Lunatic asylums United Prov. 1922-30 - 1922-1930
Year: 1922
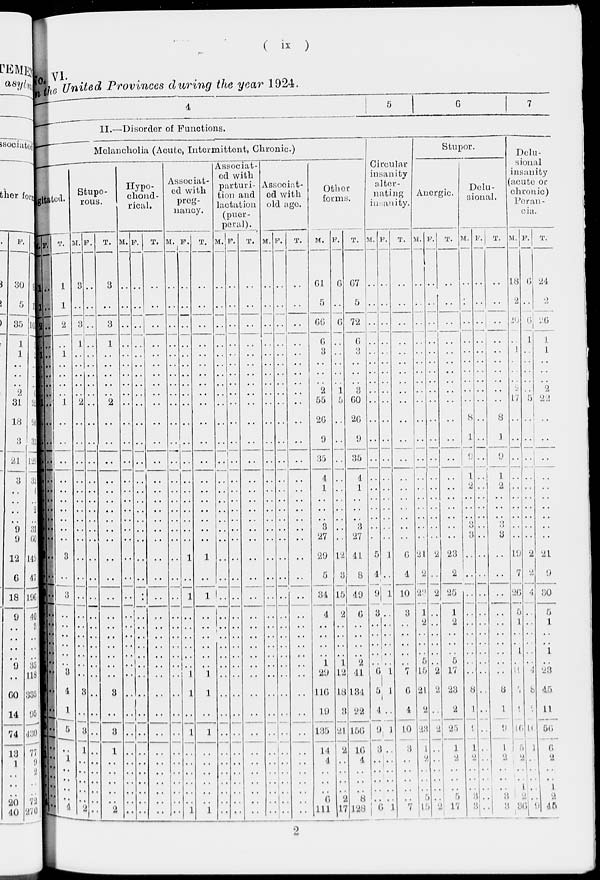
( ix )
No. VI.
In the United Provinces during the year 1924.
4
5
6
7
II.—Disorder of Functions.
Melancholia (Acute, Intermittent, Chronic)
gitated
M.
1
1
2
..
1
..
..
..
..
1
..
..
..
..
..
..
..
..
..
..
3
..
3
..
..
..
..
..
..
3
1
1
5
..
1
..
..
..
..
4
F.
..
..
..
..
..
..
..
..
..
..
..
..
..
..
..
..
..
..
..
..
..
..
..
..
..
..
..
..
..
..
..
..
..
..
..
..
..
..
..
..
T.
1
1
2
..
1
..
..
..
..
1
..
..
..
..
..
..
..
..
..
..
3
..
3
..
..
..
..
..
..
3
4
1
5
..
1
..
..
..
..
4
Stuporous.
M.
3
..
3
1
..
..
..
..
..
2
..
..
..
..
..
..
..
..
..
..
..
..
..
..
..
..
..
..
..
..
3
..
3
1
..
..
..
..
..
2
F.
..
..
..
..
..
..
..
..
..
..
..
..
..
..
..
..
..
..
..
..
..
..
..
..
..
..
..
..
..
..
..
..
..
..
..
..
..
..
..
..
T.
3
..
3
1
..
..
..
..
..
2
..
..
..
..
..
..
..
..
..
..
..
..
..
..
..
..
..
..
..
..
3
..
3
1
..
..
..
..
..
2
Hypochondri cal .
M.
..
..
..
..
..
..
..
..
..
..
..
..
..
..
..
..
..
..
..
..
..
..
..
..
..
..
..
..
..
..
..
..
..
..
..
..
..
..
..
..
F.
..
..
..
..
..
..
..
..
..
..
..
..
..
..
..
..
..
..
..
..
..
..
..
..
..
..
..
..
..
..
..
..
..
..
..
..
..
..
..
..
T.
..
..
..
..
..
..
..
..
..
..
..
..
..
..
..
..
..
..
..
..
..
..
..
..
..
..
..
..
..
..
..
..
..
..
..
..
..
..
..
..
Associat-
ed with
preg-
nancy.
M.
..
..
..
..
..
..
..
..
..
..
..
..
..
..
..
..
..
..
..
..
..
..
..
..
..
..
..
..
..
..
..
..
..
..
..
..
..
..
..
..
F.
..
..
..
..
..
..
..
..
..
..
..
..
..
..
..
..
..
..
..
..
1
..
1
..
..
..
..
..
..
1
1
..
1
..
..
..
..
..
..
1
T.
..
..
..
..
..
..
..
..
..
..
..
..
..
..
..
..
..
..
..
..
1
..
1
..
..
..
..
..
..
1
1
..
1
..
..
..
..
..
..
1
Associat-
ed with
parturi-
tion and
lactation
(puer-
peral).
M.
..
..
..
..
..
..
..
..
..
..
..
..
..
..
..
..
..
..
..
..
..
..
..
..
..
..
..
..
..
..
..
..
..
..
..
..
..
..
..
..
F.
..
..
..
..
..
..
..
..
..
..
..
..
..
..
..
..
..
..
..
..
..
..
..
..
..
..
..
..
..
..
..
..
..
..
..
..
..
..
..
..
T.
..
..
..
..
..
..
..
..
..
..
..
..
..
..
..
..
..
..
..
..
..
..
..
..
..
..
..
..
..
..
..
..
..
..
..
..
..
..
..
..
Associated
with
old age.
M.
..
..
..
..
..
..
..
..
..
..
..
..
..
..
..
..
..
..
..
..
..
..
..
..
..
..
..
..
..
..
..
..
..
..
..
..
..
..
..
..
F.
..
..
..
..
..
..
..
..
..
..
..
..
..
..
..
..
..
..
..
..
..
..
..
..
..
..
..
..
..
..
..
..
..
..
..
..
..
..
..
..
T.
..
..
..
..
..
..
..
..
..
..
..
..
..
..
..
..
..
..
..
..
..
..
..
..
..
..
..
..
..
..
..
..
..
..
..
..
..
..
..
..
Other
forms.
M.
61
5
66
6
3
..
..
..
2
55
26
9
35
4
1
..
..
..
3
27
29
5
34
4
..
..
..
..
1
29
116
19
135
14
4
..
..
..
6
111
F.
6
..
6
..
..
..
..
..
1
5
..
..
..
..
..
..
..
..
..
..
12
3
15
2
..
..
..
..
1
12
18
3
21
2
..
..
..
..
2
17
T.
67
5
72
6
3
..
..
..
3
60
26
9
35
4
1
..
..
..
3
27
41
8
49
6
..
..
..
..
2
41
134
22
156
16
4
..
..
..
8
128
Circular
insanity
alter-
nating
insanity.
M.
..
..
..
..
..
..
..
..
..
..
..
..
..
..
..
..
..
..
..
..
5
4
9
3
..
..
..
..
..
6
5
4
9
3
..
..
..
..
..
6
F.
..
..
..
..
..
..
..
..
..
..
..
..
..
..
..
..
..
..
..
..
1
..
1
..
..
..
..
..
..
1
1
..
1
..
..
..
..
..
..
1
T.
..
..
..
..
..
..
..
..
..
..
..
..
..
..
..
..
..
..
..
..
6
4
10
3
..
..
..
..
..
7
6
4
10
3
..
..
..
..
..
7
Stupor.
Anergic.
M.
..
..
..
..
..
..
..
..
..
..
..
..
..
..
..
..
..
..
..
..
21
2
23
1
2
..
..
..
5
15
21
2
23
1
2
..
..
..
5
15
F.
..
..
..
..
..
..
..
..
..
..
..
..
..
..
..
..
..
..
..
..
2
..
2
..
..
..
..
..
..
2
2
..
2
..
..
..
..
..
..
2
T.
..
..
..
..
..
..
..
..
..
..
..
..
..
..
..
..
..
..
..
..
23
2
25
1
2
..
..
..
5
17
23
2
25
1
2
..
..
..
5
17
Delu-
sional.
M.
..
..
..
..
..
..
..
..
..
..
8
1
9
1
2
..
..
..
3
3
..
..
..
..
..
..
..
..
..
..
8
1
9
1
2
..
..
..
3
3
F.
..
..
..
..
..
..
..
..
..
..
..
..
..
..
..
..
..
..
..
..
..
..
..
..
..
..
..
..
..
..
..
..
..
..
..
..
..
..
..
..
T.
..
..
..
..
..
..
..
..
..
..
8
1
9
1
2
..
..
..
3
3
..
..
..
..
..
..
..
..
..
..
8
1
9
1
2
..
..
..
3
3
Delu-
sional
insanity
(acute or
chronic)
Perrancia.
M.
18
2
20
..
1
..
..
..
2
17
..
..
..
..
..
..
..
..
..
..
19
7
26
5
1
..
..
1
..
..
37
9
46
5
2
..
..
1
2
36
F.
6
..
6
1
..
..
..
..
..
5
..
..
..
..
..
..
..
..
..
..
2
2
4
..
..
..
..
..
..
4
8
2
10
1
..
..
..
..
..
9
T.
24
2
26
1
1
..
..
..
2
22
..
..
..
..
..
..
..
..
..
..
21
9
30
5
1
..
..
1
..
23
45
11
56
6
2
..
..
1
2
45
2